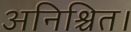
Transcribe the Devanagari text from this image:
अनिश्चित।